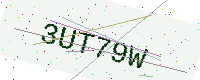
Text: 3UT79W